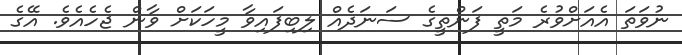
ނުވަތަ އެއަށްވުރެ މަތީ ފަންތީގެ ސަނަދެއް ލިބިފައިވާ މީހަކަށް ވާން ޖެހެއެވެ. އޭގެ